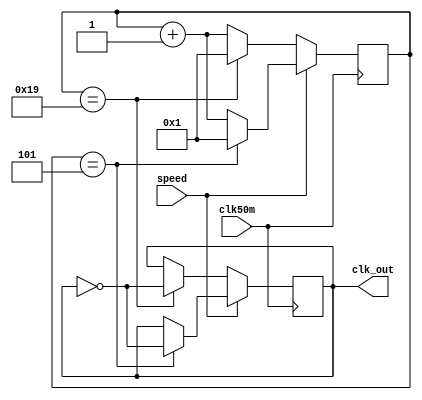
module CK_DIV(clk50m,clk_out,speed);
input clk50m , speed;
output reg clk_out;
reg [4:0] cnt;
initial 
	begin
		cnt <= 1; 
		clk_out <= 0;
	end
always @(posedge clk50m)
if (speed==0)
begin
   if (cnt==25)
       begin
       clk_out <=~clk_out;
	    cnt<=1;
	    end
    else 
       cnt<=cnt+1;
end
else if (speed==1)
begin 
   if (cnt==5)
       begin
       clk_out <=~clk_out;
	    cnt<=1;
	    end
       else 
      cnt<=cnt+1;
end

endmodule